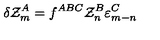
\delta { \cal Z } _ { m } ^ { A } = f ^ { A B C } { \cal Z } _ { n } ^ { B } \varepsilon _ { m - n } ^ { C }